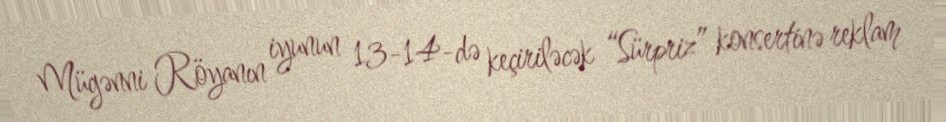
Mügənni Röyanın iyunun 13-14-də keçiriləcək “Sürpriz” konsertinə reklam